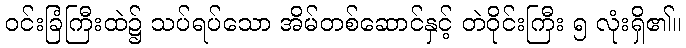
ဝင်းခြံကြီးထဲ၌ သပ်ရပ်သော အိမ်တစ်ဆောင်နှင့် တဲဝိုင်းကြီး ၅ လုံးရှိ၏။